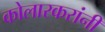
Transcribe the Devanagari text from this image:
कोलारकरांनी